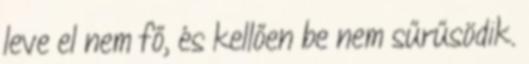
leve el nem fő, és kellően be nem sűrűsödik.